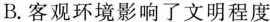
B.客观环境影响了文明程度